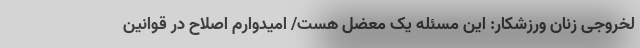
لخروجی زنان ورزشکار: این مسئله یک معضل هست/ امیدوارم اصلاح در قوانین